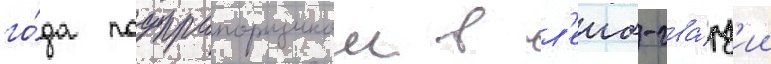
го́да подпрапорщиком в л'еиб-гва́рд'ии